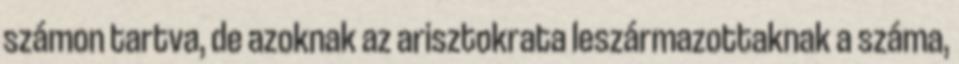
számon tartva, de azoknak az arisztokrata leszármazottaknak a száma,